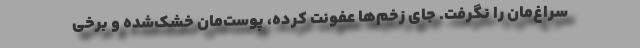
سراغ‌مان را نگرفت. جای زخم‌ها عفونت کرده، پوست‌مان خشک‌شده و برخی